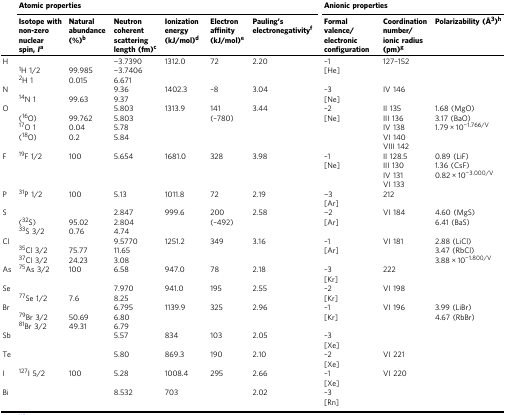
<table><thead><tr><td></td><td colspan="6"><b>Atomic properties</b></td><td colspan="3"><b>Anionic properties</b></td></tr><tr><td></td><td><b>Isotope with non-zero nuclear spin, <i>I</i><sup>a</sup></b></td><td><b>Natural abundance (%)<sup>b</sup></b></td><td><b>Neutron coherent scattering length (fm)<sup>c</sup></b></td><td><b>Ionization energy (kJ/mol)<sup>d</sup></b></td><td><b>Electron affinity (kJ/mol)<sup>e</sup></b></td><td><b>Pauling’s electronegativity<sup>f</sup></b></td><td><b>Formal valence/electronic configuration</b></td><td><b>Coordination number/ionic radius (pm)<sup>g</sup></b></td><td><b>Polarizability (Å<sup>3</sup>)<sup>h</sup></b></td></tr></thead><tbody><tr><td>H</td><td></td><td></td><td>−3.7390</td><td>1312.0</td><td>72</td><td>2.20</td><td>–1</td><td>127–152</td><td></td></tr><tr><td></td><td><sup>1</sup>H 1/2</td><td>99.985</td><td>−3.7406</td><td></td><td></td><td></td><td>[He]</td><td></td><td></td></tr><tr><td></td><td><sup>2</sup>H 1</td><td>0.015</td><td>6.671</td><td></td><td></td><td></td><td></td><td></td><td></td></tr><tr><td>N</td><td></td><td></td><td>9.36</td><td>1402.3</td><td>–8</td><td>3.04</td><td>–3</td><td>IV 146</td><td></td></tr><tr><td></td><td><sup>14</sup>N 1</td><td>99.63</td><td>9.37</td><td></td><td></td><td></td><td>[Ne]</td><td></td><td></td></tr><tr><td>O</td><td></td><td></td><td>5.803</td><td>1313.9</td><td>141</td><td>3.44</td><td>–2</td><td>II 135</td><td>1.68 (MgO)</td></tr><tr><td></td><td>(<sup>16</sup>O)</td><td>99.762</td><td>5.803</td><td></td><td>(–780)</td><td></td><td>[Ne]</td><td>III 136</td><td>3.17 (BaO)</td></tr><tr><td></td><td><sup>17</sup>O 1</td><td>0.04</td><td>5.78</td><td></td><td></td><td></td><td></td><td>IV 138</td><td>1.79 × 10<sup>−1.766/V</sup></td></tr><tr><td></td><td>(<sup>18</sup>O)</td><td>0.2</td><td>5.84</td><td></td><td></td><td></td><td></td><td>VI 140</td><td></td></tr><tr><td></td><td></td><td></td><td></td><td></td><td></td><td></td><td></td><td>VIII 142</td><td></td></tr><tr><td>F</td><td><sup>19</sup>F 1/2</td><td>100</td><td>5.654</td><td>1681.0</td><td>328</td><td>3.98</td><td>–1</td><td>II 128.5</td><td>0.89 (LiF)</td></tr><tr><td></td><td></td><td></td><td></td><td></td><td></td><td></td><td>[Ne]</td><td>III 130</td><td>1.36 (CsF)</td></tr><tr><td></td><td></td><td></td><td></td><td></td><td></td><td></td><td></td><td>IV 131</td><td>0.82 × 10<sup>−3.000/V</sup></td></tr><tr><td></td><td></td><td></td><td></td><td></td><td></td><td></td><td></td><td>VI 133</td><td></td></tr><tr><td>P</td><td><sup>31</sup>P 1/2</td><td>100</td><td>5.13</td><td>1011.8</td><td>72</td><td>2.19</td><td>−3</td><td>212</td><td></td></tr><tr><td></td><td></td><td></td><td></td><td></td><td></td><td></td><td>[Ar]</td><td></td><td></td></tr><tr><td>S</td><td></td><td></td><td>2.847</td><td>999.6</td><td>200</td><td>2.58</td><td>−2</td><td>VI 184</td><td>4.60 (MgS)</td></tr><tr><td></td><td>(<sup>32</sup>S)</td><td>95.02</td><td>2.804</td><td></td><td>(–492)</td><td></td><td>[Ar]</td><td></td><td>6.41 (BaS)</td></tr><tr><td></td><td><sup>33</sup>S 3/2</td><td>0.76</td><td>4.74</td><td></td><td></td><td></td><td></td><td></td><td></td></tr><tr><td>Cl</td><td></td><td></td><td>9.5770</td><td>1251.2</td><td>349</td><td>3.16</td><td>–1</td><td>VI 181</td><td>2.88 (LiCl)</td></tr><tr><td></td><td><sup>35</sup>Cl 3/2</td><td>75.77</td><td>11.65</td><td></td><td></td><td></td><td>[Ar]</td><td></td><td>3.47 (RbCl)</td></tr><tr><td></td><td><sup>37</sup>Cl 3/2</td><td>24.23</td><td>3.08</td><td></td><td></td><td></td><td></td><td></td><td>3.88 × 10<sup>−1.800/V</sup></td></tr><tr><td>As</td><td><sup>75</sup>As 3/2</td><td>100</td><td>6.58</td><td>947.0</td><td>78</td><td>2.18</td><td>–3</td><td>222</td><td></td></tr><tr><td></td><td></td><td></td><td></td><td></td><td></td><td></td><td>[Kr]</td><td></td><td></td></tr><tr><td>Se</td><td></td><td></td><td>7.970</td><td>941.0</td><td>195</td><td>2.55</td><td>–2</td><td>VI 198</td><td></td></tr><tr><td></td><td><sup>77</sup>Se 1/2</td><td>7.6</td><td>8.25</td><td></td><td></td><td></td><td>[Kr]</td><td></td><td></td></tr><tr><td>Br</td><td></td><td></td><td>6.795</td><td>1139.9</td><td>325</td><td>2.96</td><td>–1</td><td>VI 196</td><td>3.99 (LiBr)</td></tr><tr><td></td><td><sup>79</sup>Br 3/2</td><td>50.69</td><td>6.80</td><td></td><td></td><td></td><td>[Kr]</td><td></td><td>4.67 (RbBr)</td></tr><tr><td></td><td><sup>81</sup>Br 3/2</td><td>49.31</td><td>6.79</td><td></td><td></td><td></td><td></td><td></td><td></td></tr><tr><td>Sb</td><td></td><td></td><td>5.57</td><td>834</td><td>103</td><td>2.05</td><td>–3</td><td></td><td></td></tr><tr><td></td><td></td><td></td><td></td><td></td><td></td><td></td><td>[Xe]</td><td></td><td></td></tr><tr><td>Te</td><td></td><td></td><td>5.80</td><td>869.3</td><td>190</td><td>2.10</td><td>–2</td><td>VI 221</td><td></td></tr><tr><td></td><td></td><td></td><td></td><td></td><td></td><td></td><td>[Xe]</td><td></td><td></td></tr><tr><td>I</td><td><sup>127</sup>I 5/2</td><td>100</td><td>5.28</td><td>1008.4</td><td>295</td><td>2.66</td><td>–1</td><td>VI 220</td><td></td></tr><tr><td></td><td></td><td></td><td></td><td></td><td></td><td></td><td>[Xe]</td><td></td><td></td></tr><tr><td>Bi</td><td></td><td></td><td>8.532</td><td>703</td><td></td><td>2.02</td><td>–3</td><td></td><td></td></tr><tr><td></td><td></td><td></td><td></td><td></td><td></td><td></td><td>[Rn]</td><td></td><td></td></tr></tbody></table>